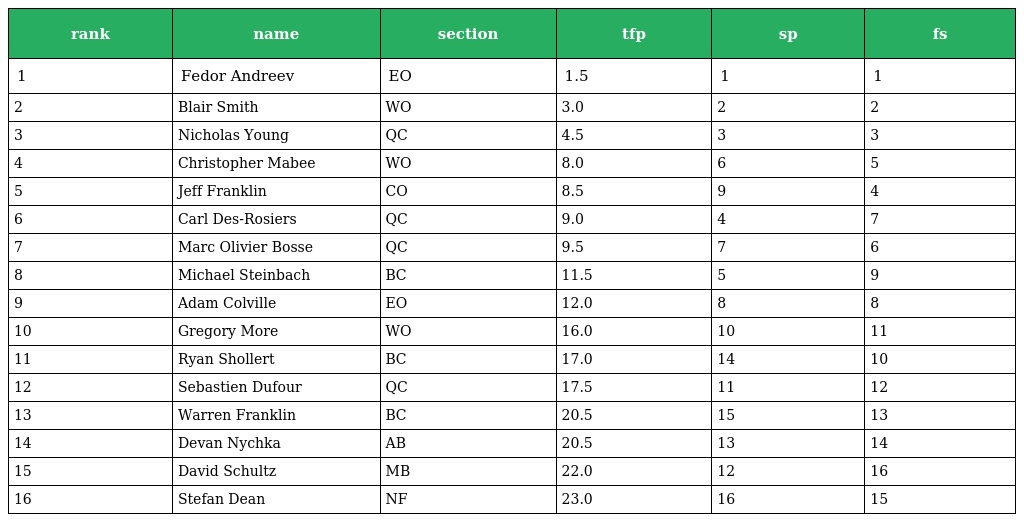
| rank | name | section | tfp | sp | fs |
 | --- | --- | --- | --- | --- | --- |
 | 1 | Fedor Andreev | EO | 1.5 | 1 | 1 |
 | 2 | Blair Smith | WO | 3.0 | 2 | 2 |
 | 3 | Nicholas Young | QC | 4.5 | 3 | 3 |
 | 4 | Christopher Mabee | WO | 8.0 | 6 | 5 |
 | 5 | Jeff Franklin | CO | 8.5 | 9 | 4 |
 | 6 | Carl Des-Rosiers | QC | 9.0 | 4 | 7 |
 | 7 | Marc Olivier Bosse | QC | 9.5 | 7 | 6 |
 | 8 | Michael Steinbach | BC | 11.5 | 5 | 9 |
 | 9 | Adam Colville | EO | 12.0 | 8 | 8 |
 | 10 | Gregory More | WO | 16.0 | 10 | 11 |
 | 11 | Ryan Shollert | BC | 17.0 | 14 | 10 |
 | 12 | Sebastien Dufour | QC | 17.5 | 11 | 12 |
 | 13 | Warren Franklin | BC | 20.5 | 15 | 13 |
 | 14 | Devan Nychka | AB | 20.5 | 13 | 14 |
 | 15 | David Schultz | MB | 22.0 | 12 | 16 |
 | 16 | Stefan Dean | NF | 23.0 | 16 | 15 |